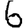
Digit: 6